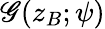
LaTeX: \mathscr{G}(z_{B};\psi)